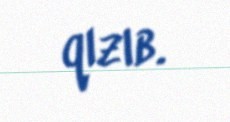
qızıb.